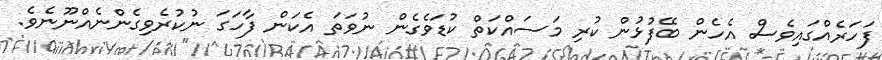
ފަހަރެއްގައިވެސް އެހެން ބޭފުޅުން ކުރި މަސައްކަތް ކުޑަވެގެން ނުވަތަ އެކަން ފާހަގަ ނުކުރެވިގެންނެއްނޫނެވެ.